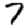
Digit: 7